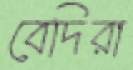
বেদিরা